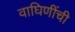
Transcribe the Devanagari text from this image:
वाघिणींची